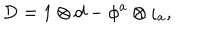
LaTeX: \mathrm { D } = 1 \otimes \mathrm { d } - \phi ^ { a } \otimes \iota _ { a } ,